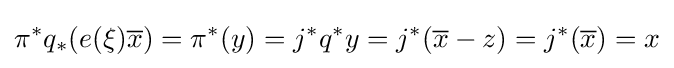
\pi ^{*}q_{*}(e(\xi ){\overline {x}})=\pi ^{*}(y)=j^{*}q^{*}y=j^{*}({\overline {x}}-z)=j^{*}({\overline {x}})=x